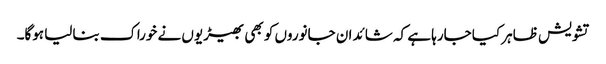
تشویش ظاہر کیا جارہا ہے کہ شائد ان جانوروں کو بھی بھیڑیوں نے خوراک بنالیا ہوگا۔